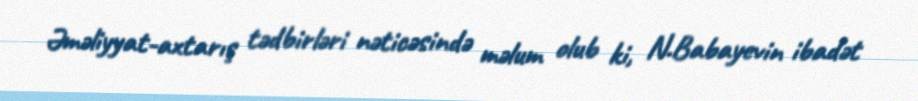
Əməliyyat-axtarış tədbirləri nəticəsində məlum olub ki, N.Babayevin ibadət